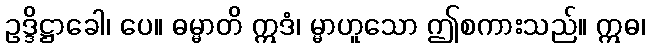
ဥဒ္ဒိဋ္ဌာခေါ၊ ပေ။ ဓမ္မာတိ ဣဒံ၊ မ္မာဟူသော ဤစကားသည်။ ဣဓ၊